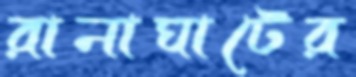
রানাঘাটের